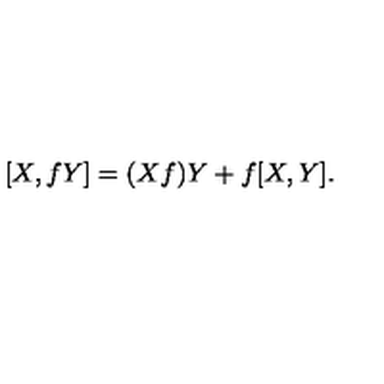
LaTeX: [ X , f Y ] = ( X f ) Y + f [ X , Y ] .